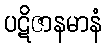
ပဋိဇာနမာနံ